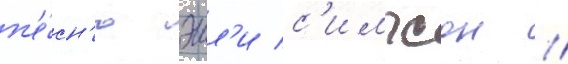
п'е́сн'ю эшл'и с'импсон /